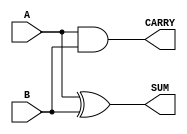
module parameterized_half_adder #(
    parameter WIDTH = 1  // Parameter to define bit-width (default to 1)
)(
    input  [WIDTH-1:0] A,  // First input
    input  [WIDTH-1:0] B,  // Second input
    output [WIDTH-1:0] SUM, // Sum output
    output [WIDTH-1:0] CARRY // Carry output
);

    // Combinational logic for half-adder
    assign SUM = A ^ B;     // Sum is generated by XOR operation
    assign CARRY = A & B;   // Carry is generated by AND operation

endmodule